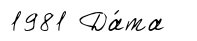
1981 Да́та